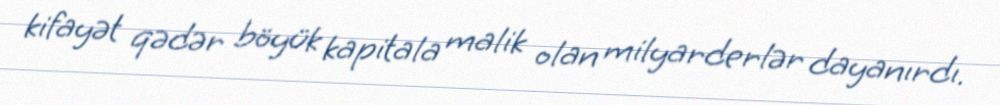
kifayət qədər böyük kapitala malik olan milyarderlər dayanırdı.